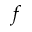
f